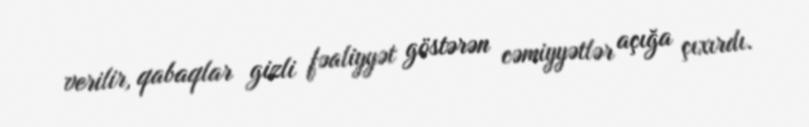
verilir, qabaqlar gizli fəaliyyət göstərən cəmiyyətlər açığa çıxırdı.